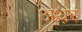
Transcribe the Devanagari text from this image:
अथ़र